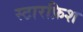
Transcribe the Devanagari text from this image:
स्टारफ़िश